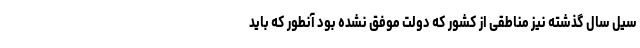
سیل سال گذشته نیز مناطقی از کشور که دولت موفق نشده بود آنطور که باید